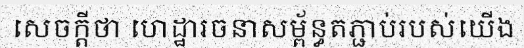
សេចក្តីថា ហេដ្ឋារចនាសម្ព័ន្ធតភ្ជាប់របស់យើង